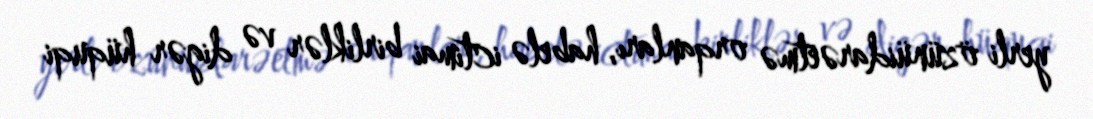
yerli özünüidarəetmə orqanları, habelə ictimai birliklər və digər hüquqi